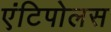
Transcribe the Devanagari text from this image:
एंटिपोलस